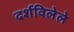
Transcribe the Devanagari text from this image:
दर्शविलेले